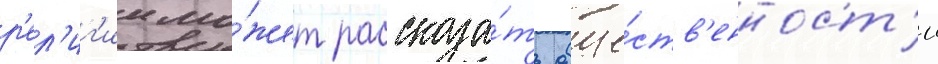
р'ел'иг'ии мо́жет рассказа́ть обще́ств'енност'и